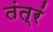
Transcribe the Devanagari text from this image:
तंत्रं